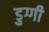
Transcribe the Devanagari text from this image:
डुग्गी